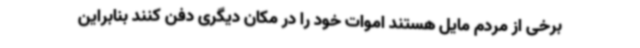
برخی از مردم مایل هستند اموات خود را در مکان دیگری دفن کنند بنابراین